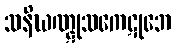
သနိဃဏ္ဋုသကေဋုဘေ